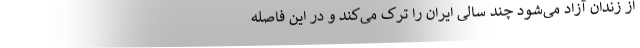
از زندان آزاد می‌شود چند سالی ایران را ترک می‌کند و در این فاصله